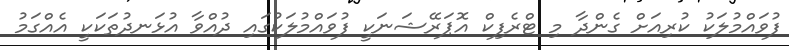
ފުވައްމުލަކު ކުރިއަށް ގެންދާ މި ޓްރެފިކް އޮޕަރޭޝަނަކީ ފުވައްމުލަކުގައި ދުއްވާ އުޅަނދުތަކަކީ އެއްގަމު